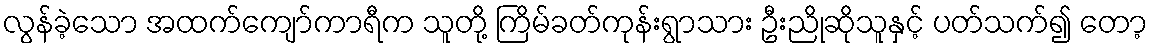
လွန်ခဲ့သော အထက်ကျော်ကာရီက သူတို့ ကြိမ်ခတ်ကုန်းရွာသား ဦးညိုဆိုသူနှင့် ပတ်သက်၍ တော့